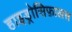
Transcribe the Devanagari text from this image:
हाइड्रोसिफ़ालस